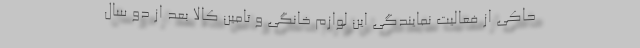
حاکی از فعالیت نمایندگی این لوازم خانگی و تامین کالا بعد از دو سال